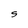
Character: S